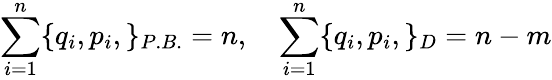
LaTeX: \sum_{i=1}^{n}\{ q_{i},p_{i},\} _{P.B.}=n,\quad\sum_{i=1}^{n}\{ q_{i},p_{i},\} _{D}={n-m}